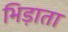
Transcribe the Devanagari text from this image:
भिड़ाता